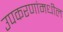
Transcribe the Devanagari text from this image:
उपकरणांमधील